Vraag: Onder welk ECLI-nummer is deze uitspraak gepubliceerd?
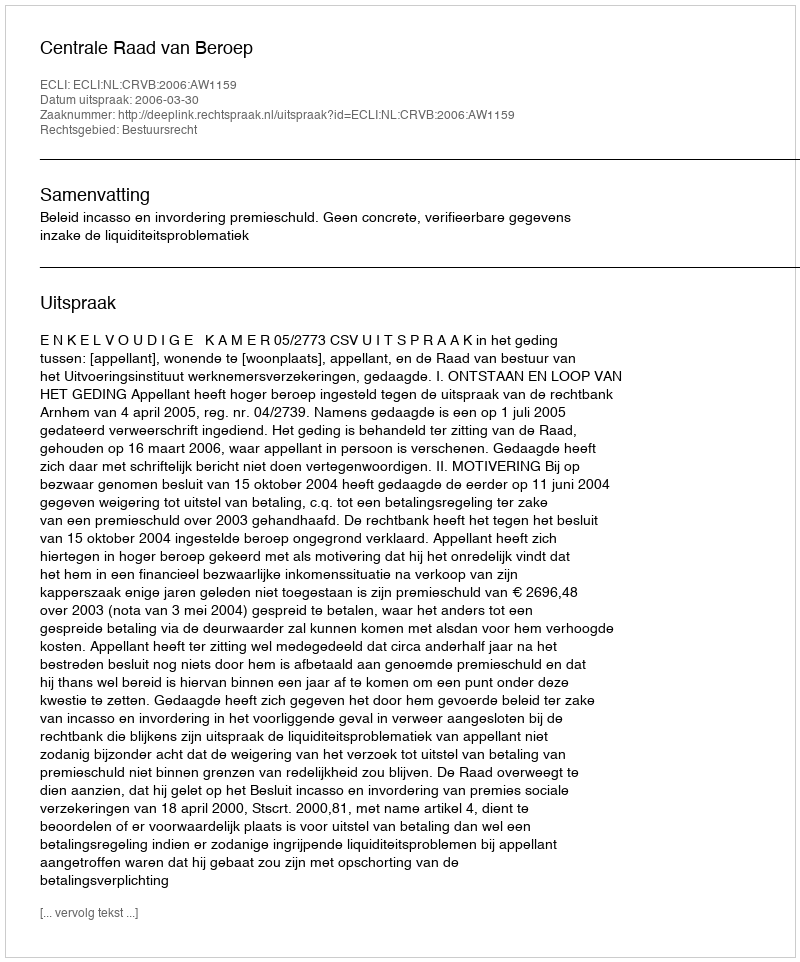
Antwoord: ECLI:NL:CRVB:2006:AW1159